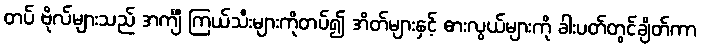
တပ် ဗိုလ်များသည် အင်္ကျီ ကြယ်သီးများကိုတပ်၍ အိတ်များနှင့် ဓားလွယ်များကို ခါးပတ်တွင်ချိတ်ကာ